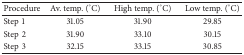
| Procedure | Av. temp. (°C) | High temp. (°C) | Low temp. (°C) |
 | --- | --- | --- | --- |
 | Step1 | 31.05 | 31.90 | 29.85 |
 | Step2 | 31.90 | 33.10 | 30.15 |
 | Step3 | 32.15 | 33.15 | 30.85 |